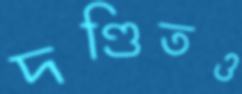
দণ্ডিতও